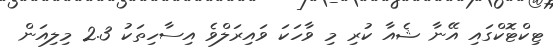
ޓިކްޓޮކްގައި އޭނާ ޝެއާ ކުރި މި ވާހަކަ ވައިރަލްވެ އިސާހިތަކު 2.3 މިލިއަން